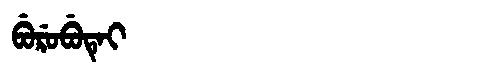
Manchu: ᠪᡠᡵᡠᠪᡠᡨᡝᡳ
Romanization: BURUBUTEI